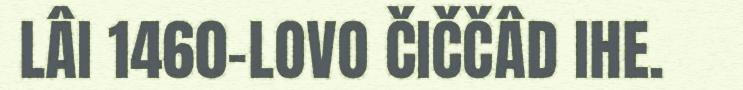
LÂI 1460-LOVO ČIČČÂD IHE.